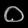
Digit: ၀